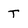
Character: T